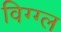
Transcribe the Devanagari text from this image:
विग्ग्ल